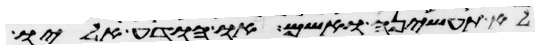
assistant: לא תעשיהן ואשם או הודע אליו